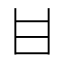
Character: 𤮺